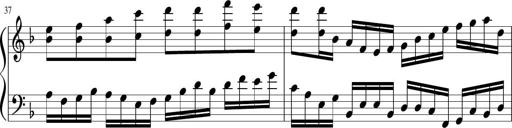
Title: Sonatina in F major
Composer: Ethan Ngo
Key: F major